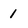
Character: 1